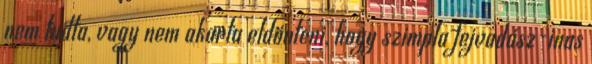
nem tudta, vagy nem akarta eldönteni, hogy szimp­la fejvadász-inas